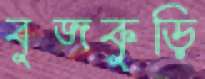
বুজকুড়ি